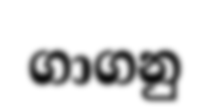
ගාගනු